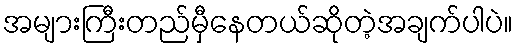
အများကြီးတည်မှီနေတယ်ဆိုတဲ့အချက်ပါပဲ။